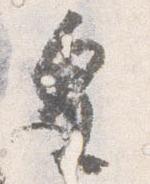
皇